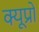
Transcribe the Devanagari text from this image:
क्यूप्रो